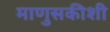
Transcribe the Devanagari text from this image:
माणुसकीशी